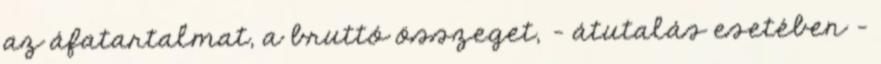
az áfatartalmat, a bruttó összeget, – átutalás esetében –